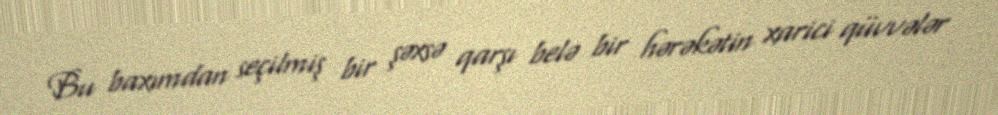
Bu baxımdan seçilmiş bir şəxsə qarşı belə bir hərəkətin xarici qüvvələr